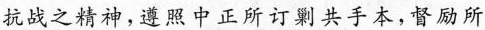
抗战之精神，遵照中正所订剿共手本，督励所